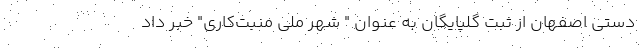
دستی اصفهان از ثبت گلپایگان به عنوان " شهر ملی منبت‌کاری" خبر داد